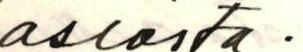
asiasta.